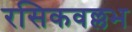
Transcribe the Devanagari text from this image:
रसिकवल्लभ